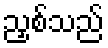
ညှစ်သည်